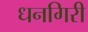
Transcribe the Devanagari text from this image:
धनगिरी